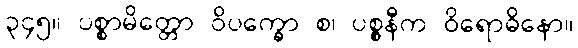
၃၄၅။ ပစ္စာမိတ္တော ဝိပက္ခော စ၊ ပစ္စနီက ဝိရောဓိနော။